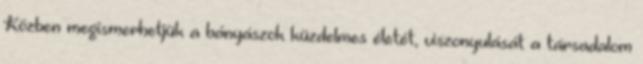
Közben megismerhetjük a bányászok küzdelmes életét, viszonyulását a társadalom